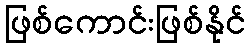
ဖြစ်ကောင်းဖြစ်နိုင်